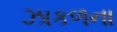
ઝાકળના